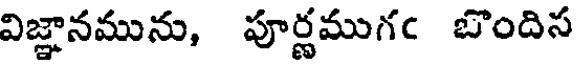
విజ్ఞానమును, పూర్ణముగఁ బొందిస